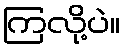
ကြလို့ပဲ။